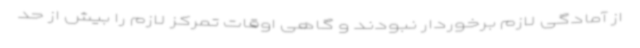
از آمادگی لازم برخوردار نبودند و گاهی اوقات تمرکز لازم را بیش از حد